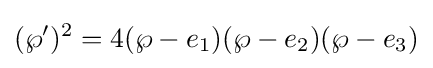
(\wp ^{\prime })^{2}=4(\wp -e_{1})(\wp -e_{2})(\wp -e_{3})